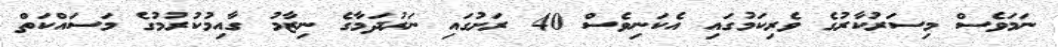
ނަމަވެސް މިސަރުކާރުގެ ވެރިކަމުގައި އެކަނިވެސް 40 ރަށުގައި ނަރުދަމާގެ ނިޒާމު ގާއިމުކުރުމުގެ މަސައްކަތް